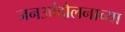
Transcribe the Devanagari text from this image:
जनआंदोलनाच्या